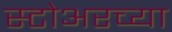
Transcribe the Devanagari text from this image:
स्टोअरच्या